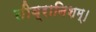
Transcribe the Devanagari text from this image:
तीव्रानिशम्।